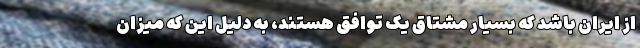
از ایران باشد که بسیار مشتاق یک توافق هستند، به دلیل این که میزان